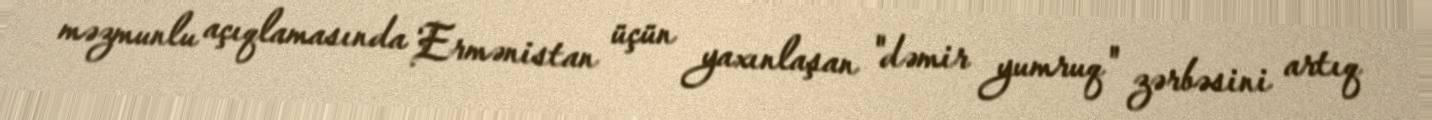
məzmunlu açıqlamasında Ermənistan üçün yaxınlaşan "dəmir yumruq" zərbəsini artıq